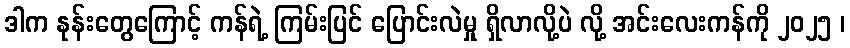
ဒါက နုန်းတွေကြောင့် ကန်ရဲ့ ကြမ်းပြင် ပြောင်းလဲမှု ရှိလာလို့ပဲ လို့ အင်းလေးကန်ကို ၂၀၂၅ ၊